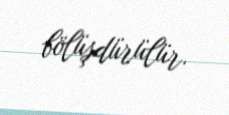
bölüşdürülür.